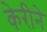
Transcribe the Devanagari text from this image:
केरीने